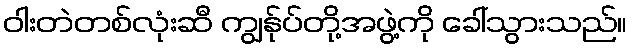
ဝါးတဲတစ်လုံးဆီ ကျွန်ုပ်တို့အဖွဲ့ကို ခေါ်သွားသည်။